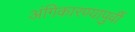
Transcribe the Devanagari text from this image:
अंगिकारण्यापुर्वी